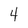
Character: 4